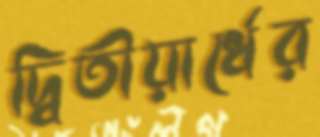
দ্বিতীয়ার্ধের